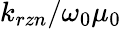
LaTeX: {k_{rzn}/{\omega_{0}\mu_{0}}}